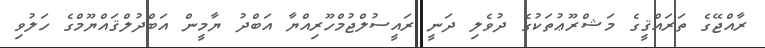
ރާއްޖޭގެ ތަރައްޤީގެ މަޝްރޫޢުތަކުގެ ދުވެލި ދަނީ ރައީސުލްޖުމްހޫރިއްޔާ އަބްދު ޔާމީން އަބްދުލްޤައްޔޫމްގެ ހަލުވި